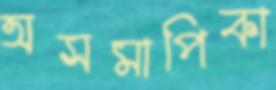
অসমাপিকা